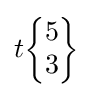
t{\begin{Bmatrix}5\\3\end{Bmatrix}}